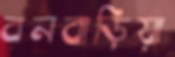
বনবাড়িয়া